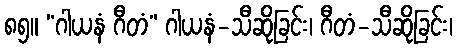
၈၅။ “ဂါယနံ ဂီတံ” ဂါယနံ-သီဆိုခြင်း၊ ဂီတံ-သီဆိုခြင်း၊